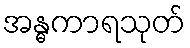
အန္ဓကာရသုတ်